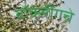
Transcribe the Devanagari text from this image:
बॉक्सींगचे